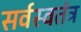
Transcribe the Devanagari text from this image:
सर्वस्वतंत्र